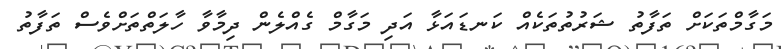
މަގާމްތަކަށް ތަފާތު ޝަރުތުތަކެއް ކަނޑައަޅާ އަދި މަގާމް ގެއްލެން ދިމާވާ ހާލަތްތަށްވެސް ތަފާތު